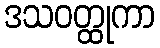
ဒသဝတ္ထုကာ